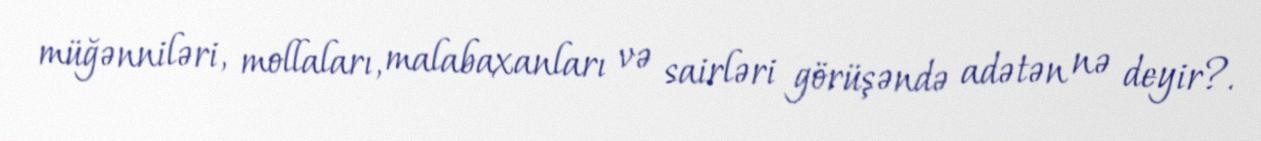
müğənniləri, mollaları, malabaxanları və sairləri görüşəndə adətən nə deyir?.